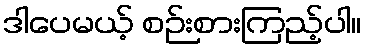
ဒါပေမယ့် စဉ်းစားကြည့်ပါ။